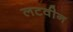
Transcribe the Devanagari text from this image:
लटवीन